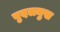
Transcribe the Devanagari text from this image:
बुदलमुख